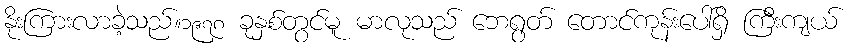
နိုးကြားလာခဲ့သည်။၁၉၇၈ ခုနှစ်တွင်မူ မာလုသည် ဘေရွတ် တောင်ကုန်းပေါ်ရှိ ကြီးကျယ်